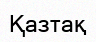
Қазтақ